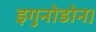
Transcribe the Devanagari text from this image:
इगु़नोडोन।